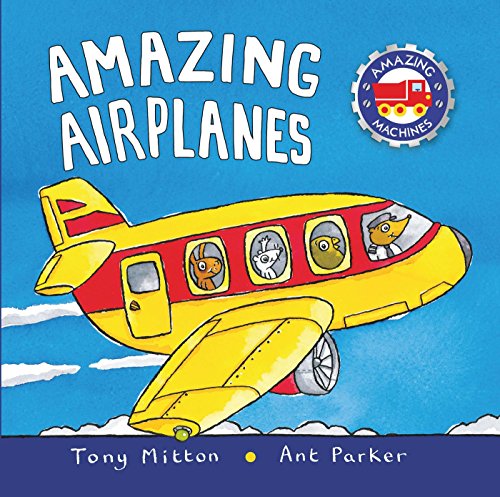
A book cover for Amazing Airplanes (Amazing Machines); Tony Mitton; Engineering & Transportation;